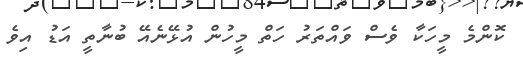
ކޮންމެ މީހަކާ ވެސް ވައްތަރު ހަތް މީހުން އުޅޭނެއޭ ބުނާތީ އަޑު އިވެ